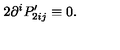
2 \partial ^ { i } P _ { 2 i j } ^ { \prime } \equiv 0 .